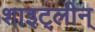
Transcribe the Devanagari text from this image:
शाइट्लीन्